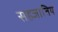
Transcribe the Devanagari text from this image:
सहजातिय